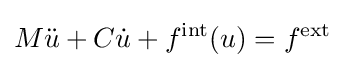
M{\ddot {u}}+C{\dot {u}}+f^{\textrm {int}}(u)=f^{\textrm {ext}}